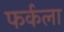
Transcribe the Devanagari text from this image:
फर्कला